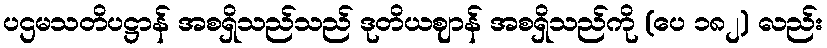
ပဌမသတိပဋ္ဌာန် အစရှိသည်သည် ဒုတိယဈာန် အစရှိသည်ကို (ပေ ၁၈၂) လည်း